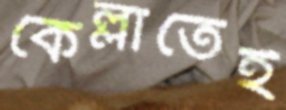
কেল্লাতেই